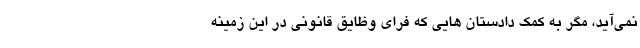
نمی‌آید، مگر به کمک دادستان هایی که فرای وظایق قانونی در این زمینه